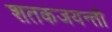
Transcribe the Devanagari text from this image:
शतकजयन्ती